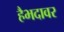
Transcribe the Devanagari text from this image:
हैभदावर